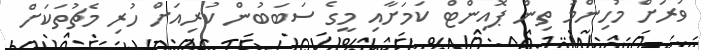
ވަރަށް މުހިންމު ތިން ޕޮއިންޓް ކަމަށާއި މީގެ ސަބަބުން ކުރިއަށް ހުރި މެޗުތަކަށް